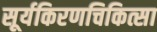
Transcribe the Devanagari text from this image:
सूर्यकिरणचिकित्सा